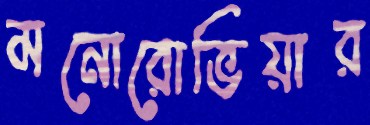
মনোরোভিয়ার